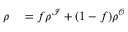
\begin{array} { r l } { \rho } & { { } = f \rho ^ { \mathcal { I } } + ( 1 - f ) \rho ^ { \mathcal { O } } } \end{array}